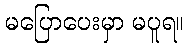
မပြောပေးမှာ မပူရ။